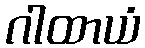
ဂါထာယံ